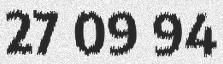
27 09 94